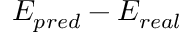
E _ { p r e d } - E _ { r e a l }